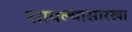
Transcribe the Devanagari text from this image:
सापल्यासारखा